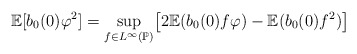
\begin{align*}\mathbb{E}[b_{0}(0)\varphi ^{2}]=\sup_{f\in L^{\infty }(\mathbb{P})}\bigl[2\mathbb{E}(b_{0}(0)f\varphi )-\mathbb{E}(b_{0}(0)f^{2})\bigr]\end{align*}